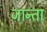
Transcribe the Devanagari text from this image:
जान्ता